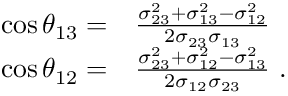
\begin{array} { r l } { \cos \theta _ { 1 3 } = } & { { } \frac { \sigma _ { 2 3 } ^ { 2 } + \sigma _ { 1 3 } ^ { 2 } - \sigma _ { 1 2 } ^ { 2 } } { 2 \sigma _ { 2 3 } \sigma _ { 1 3 } } } \\ { \cos \theta _ { 1 2 } = } & { { } \frac { \sigma _ { 2 3 } ^ { 2 } + \sigma _ { 1 2 } ^ { 2 } - \sigma _ { 1 3 } ^ { 2 } } { 2 \sigma _ { 1 2 } \sigma _ { 2 3 } } \mathrm { ~ . ~ } } \end{array}